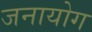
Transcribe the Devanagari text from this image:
जनायोग